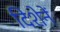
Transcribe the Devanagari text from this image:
दिशेनें